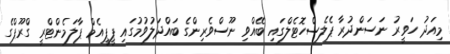
މިއަދު ހަވީރު ނަސަންދުރާ ޕެލެސްހޮޓެލްގައި ބޭއްވި ނޫސްވެރިންގެ ބައްދަލުވުމުގައި ޕީޕީއެމް ޕާލަމެންޓްރީ ގްރޫޕްގެ